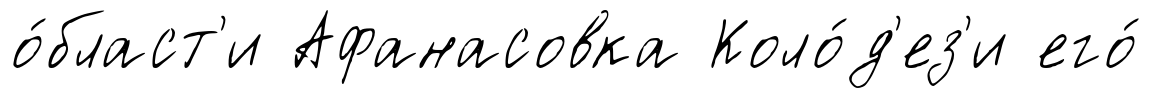
о́бласт'и Афанасовка Коло́д'ез'и его́